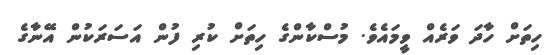
ހިތަށް ހާދަ ވަރެއް ވީމައެވެ. މުސްކާންގެ ހިތަށް ކުރި ފުން އަސަރަކުން އޭނާގެ